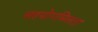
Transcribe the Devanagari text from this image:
सहयोगमिलता